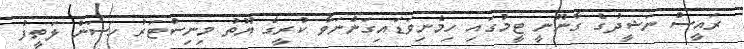
ރައީސް ނަޝީދުގެ ގާނޫނީ ޓީމުގައި ހިމެނިވަޑައިގަންނަވާ ކުރީގެ ޔޫތު މިނިސްޓަރު ހަސަން ލަތީފު